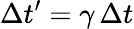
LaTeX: \Delta t^{\prime}=\gamma\, \Delta t